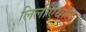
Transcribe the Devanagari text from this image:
लिलीएथांल